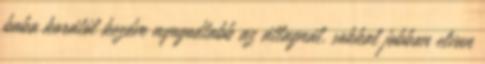
baba korától kezdve nyugodtabb az átlagnál, sokkal jobban elvan